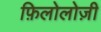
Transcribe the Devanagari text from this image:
फ़िलोलोज़ी